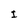
Character: I